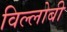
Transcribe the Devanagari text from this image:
विल्लोबी